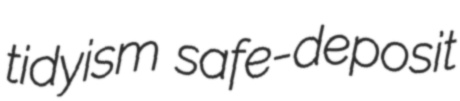
tidyism safe-deposit